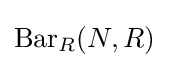
\operatorname {Bar} _{R}(N,R)